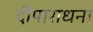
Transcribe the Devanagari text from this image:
दीपाराधना